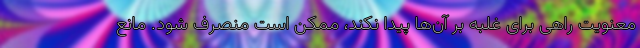
معنویت راهی برای غلبه بر آن‌ها پیدا نکند، ممکن است منصرف شود. مانع